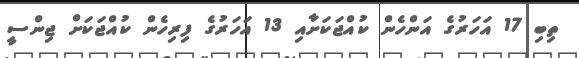
ތިބި 17 އަހަރުގެ އަންހެން ކުއްޖަކަށާއި 13 އަހަރުގެ ފިރިހެން ކުއްޖަކަށް ޖިންސީ